Civil Veterinary Dept. North-West Frontier Province 1933-46 - 1933-1946
Year: 1933
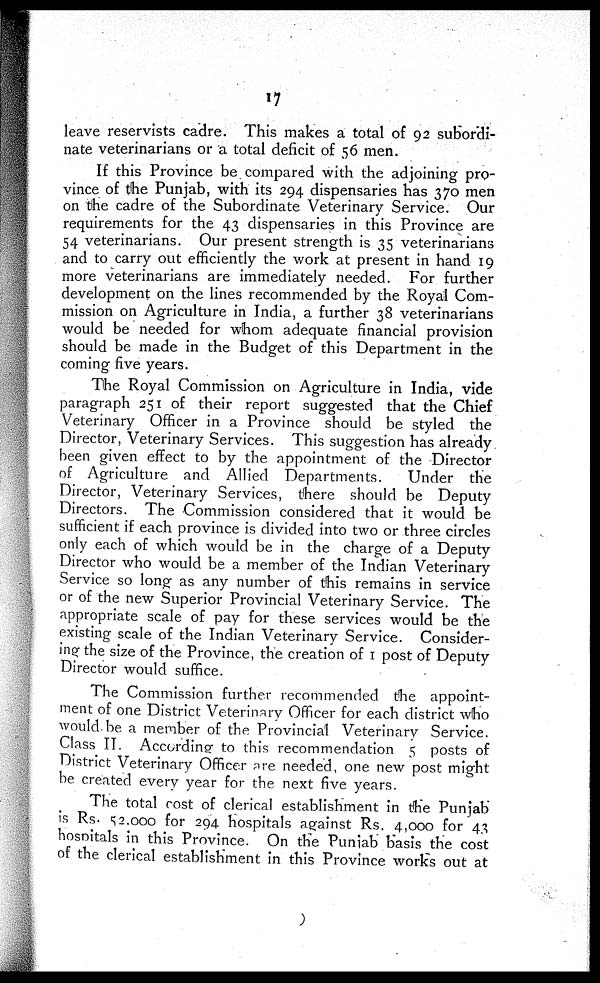
17
leave reservists cadre. This makes a total of 92 subordi-
nate veterinarians or a total deficit of 56 men.
If this Province be. compared with the adjoining pro-
vince of the Punjab, with its 294 dispensaries has 370 mer
on the cadre of the Subordinate Veterinary Service. Our
requirements for the 43 dispensaries in this Province are
54 veterinarians. Our present strength is 35 veterinarians
and to carry out efficiently the work at present in hand 19
more veterinarians are immediately needed. For further
development on the lines recommended by the Royal Com-
mission on Agriculture in India, a further 38 veterinarians
would be needed for whom adequate financial provision
should be made in the Budget of this Department in the
coming five years.
The Royal Commission on Agriculture in India, vide
paragraph 251 of their report suggested that the Chief
Veterinary Officer in a Province should be styled the
Director, Veterinary Services. This suggestion has already
been given effect to by the appointment of the Director
of Agriculture and Allied Departments.
Under the
Director, Veterinary Services, there should be Deputy
Directors. The Commission considered that it would be
sufficient if each province is divided into two or three circles
only each of which would be in the charge of a Deputy
Director who would be a member of the Indian Veterinary
Service so long as any number of this remains in service
or of the new Superior Provincial Veterinary Service. The
appropriate scale of pay for these services would be the
existing scale of the Indian Veterinary Service. Consider-
ing the size of the Province, the creation of 1 post of Deputy
Director would suffice.
The Commission further recommended the appoint-
ment of one District Veterinary Officer for each district who
would-be a member of the Provincial Veterinary Service.
Class II. According to this recommendation 5 posts of
District Veterinary Officer are needed, one new post might
be created every year for the next five years.
The total cost of clerical establishment in the Punjab
is Rs. 52,000 for 294 hospitals against Rs. 4,000 for 43
hospitals in this Province. On the Punjab basis the cost
of the clerical establishment in this Province works out at